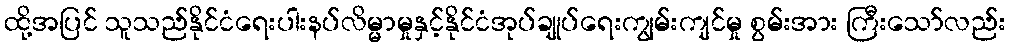
ထို့အပြင် သူသည်နိုင်ငံရေးပါးနပ်လိမ္မာမှုနှင့်နိုင်ငံအုပ်ချုပ်ရေးကျွမ်းကျင်မှု စွမ်းအား ကြီးသော်လည်း